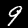
Label: 9